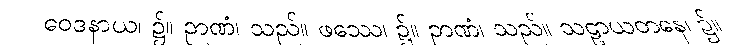
ဝေဒနာယ၊ ၌။ ဉာဏံ၊ သည်။ ဖဿေ၊ ၌။ ဉာဏံ၊ သည်။ သဠာယတနေ၊ ၌။